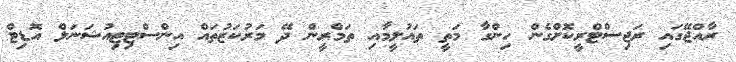
ރާއްޖޭގައި ރަޖިސްޓްރީކޮށްގެން ހިންގާ މަތީ ތައުލީމާއި ތަމްރީން ދޭ މަރުކަޒުތައް އިންސްޓިޓިއުޝަނަލް އޮޑިޓް